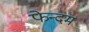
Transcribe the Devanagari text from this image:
फेन्दम